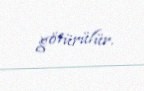
götürülür.